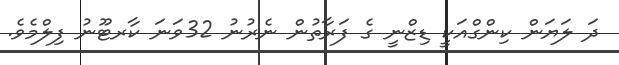
ދަ ލަޔަން ކިންގްއަކީ ޑިޒްނީ ގެ ފަރާތުން ނެރުނު 32ވަނަ ކާރޓޫނު ފިލްމެވެ.